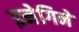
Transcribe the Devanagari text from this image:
इनेगिने